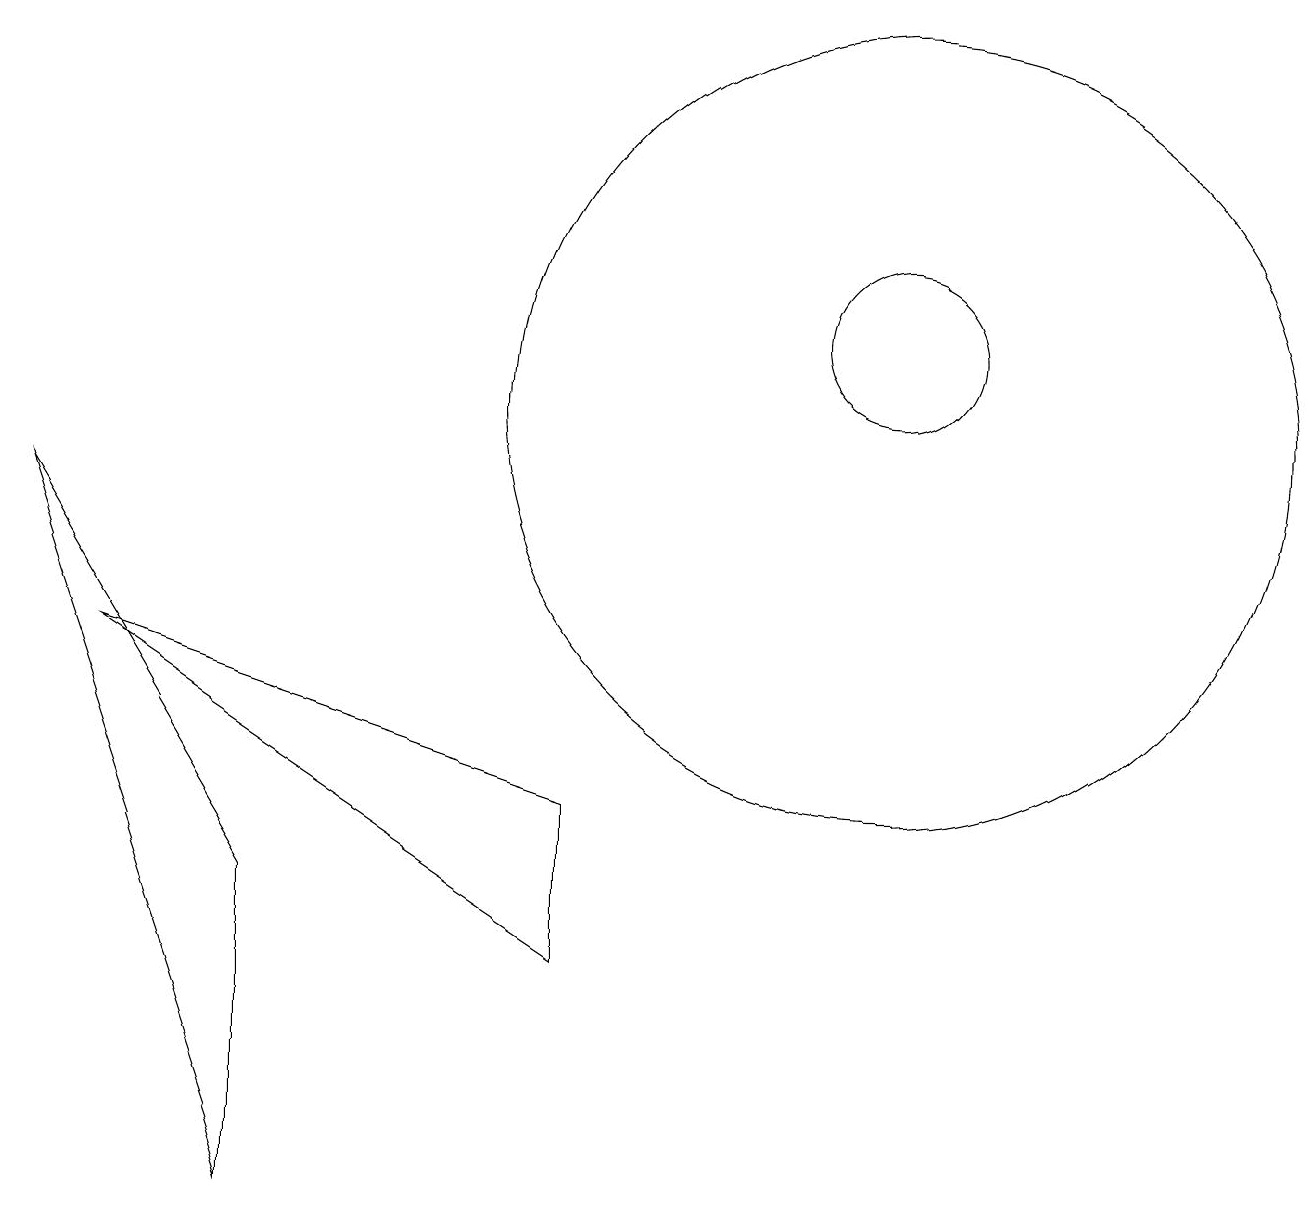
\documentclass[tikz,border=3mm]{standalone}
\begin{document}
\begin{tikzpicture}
\draw (11,11) circle (1);
\draw (3,0) -- (0,9) -- (3,4) -- cycle;
\draw (11,10) circle (5);
\draw (7,3) -- (1,7) -- (7,5) -- cycle;
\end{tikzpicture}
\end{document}